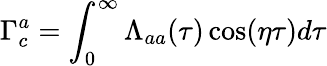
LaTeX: \Gamma_{c}^{a}=\int_{0}^{\infty}\Lambda_{aa}(\tau)\cos(\eta\tau)d\tau